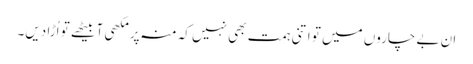
ان بے چاروں میں تو اتنی ہمت بھی نہیں کہ منہ پر مکھی آ بیٹھے تو اُڑا دیں۔